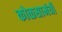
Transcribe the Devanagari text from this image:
कोळसामंत्री